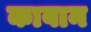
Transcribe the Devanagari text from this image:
कावान